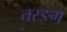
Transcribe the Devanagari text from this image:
तरङ्ग